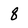
Character: 8